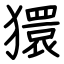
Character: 獧